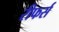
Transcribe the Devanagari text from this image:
रीफर्स